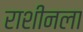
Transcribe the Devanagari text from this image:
राशीनला